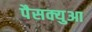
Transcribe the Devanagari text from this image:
पैसक्युआ